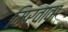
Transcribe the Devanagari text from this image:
मिरवावा